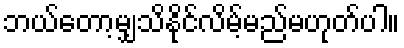
ဘယ်တော့မျှသိနိုင်လိမ့်မည်မဟုတ်ပါ။